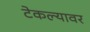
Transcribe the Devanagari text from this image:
टेकल्यावर